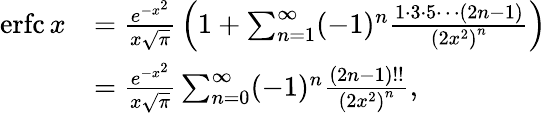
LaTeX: {\begin{array}{rl}{\operatorname{erfc}x}&{={\frac{e^{-x^{2}}}{x{\sqrt{\pi}}}}\left(1+\sum_{n=1}^{\infty}(-1)^{n}{\frac{1\cdot 3\cdot 5\cdots(2n-1)}{\left(2x^{2}\right)^{n}}}\right)}\\ &{={\frac{e^{-x^{2}}}{x{\sqrt{\pi}}}}\sum_{n=0}^{\infty}(-1)^{n}{\frac{(2n-1)!!}{\left(2x^{2}\right)^{n}}},}\end{array}}